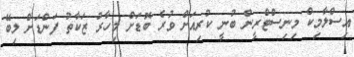
އިސްލާމިކް މިނިސްޓްރީން ބުނީ ކުރިއަށް ވުރެ ބޮޑަށް މިހާރު ޒަކާތު ފަންޑަށް ލިބޭ